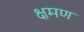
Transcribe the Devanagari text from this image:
क्षमण